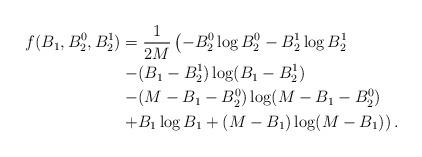
LaTeX: \begin{align*}f(B_1, B_2^0, B_2^1)&= \frac{1}{2M} \left( -B_2^0 \log B_2^0 - B_2^1 \log B_2^1 \right. \\ & \left. - (B_1 - B_2^1) \log (B_1 - B_2^1) \right. \\& \left. - (M - B_1 -B_2^0) \log(M - B_1 -B_2^0) \right. \\ & \left. + B_1 \log B_1 + (M-B_1) \log(M-B_1)\right). \end{align*}